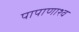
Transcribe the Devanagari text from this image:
पापाणाश्व